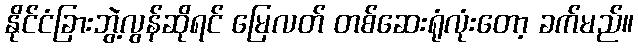
နိုင်ငံခြားဘွဲ့လွန်ဆိုရင် မြေလတ် တစ်ဆေးရုံလုံးတော့ ခက်မည်။